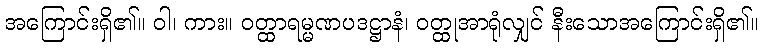
အကြောင်းရှိ၏။ ဝါ၊ ကား။ ဝတ္ထာရမ္မဏပဒဋ္ဌာနံ၊ ဝတ္ထုအာရုံလျှင် နီးသောအကြောင်းရှိ၏။